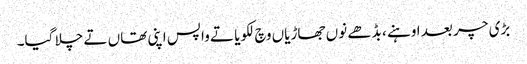
بڑی چر بعد اوہنے ، بڈھے نوں جھاڑیاں وچ لکویا تے واپس اپنی تھاں تے چلا گیا۔